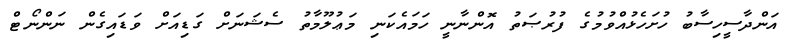
އަންދާސީހިސާބު ހުށަހެޅުއްވުމުގެ ފުރުޞަތު އޮންނާނީ ހަމައެކަނި މަޢުލޫމާތު ސެޝަނަށް ގަޑިއަށް ވަޑައިގެން ނަންނޯޓް